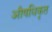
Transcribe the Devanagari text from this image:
औषधिकृत